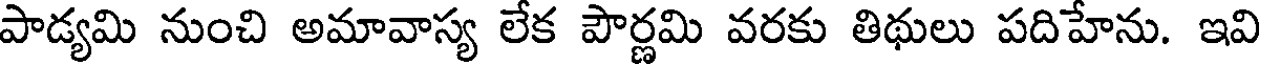
పాడ్యమి నుంచి అమావాస్య లేక పౌర్ణమి వరకు తిథులు పదిహేను. ఇవి